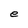
Character: e